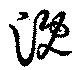
漑